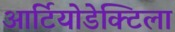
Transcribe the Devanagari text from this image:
आर्टियोडेक्टिला